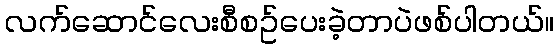
လက်ဆောင်လေးစီစဥ်ပေးခဲ့တာပဲဖစ်ပါတယ်။